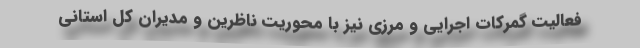
فعالیت گمرکات اجرایی و مرزی نیز با محوریت ناظرین و مدیران کل استانی